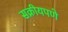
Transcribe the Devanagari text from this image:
सक्रीयपणे